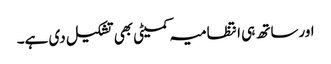
اورساتھ ہی انتظامیہ کمیٹی بھی تشکیل دی ہے۔